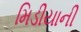
મિડીયાની